Regulations for the medical services of the Army of India
Year: 1930
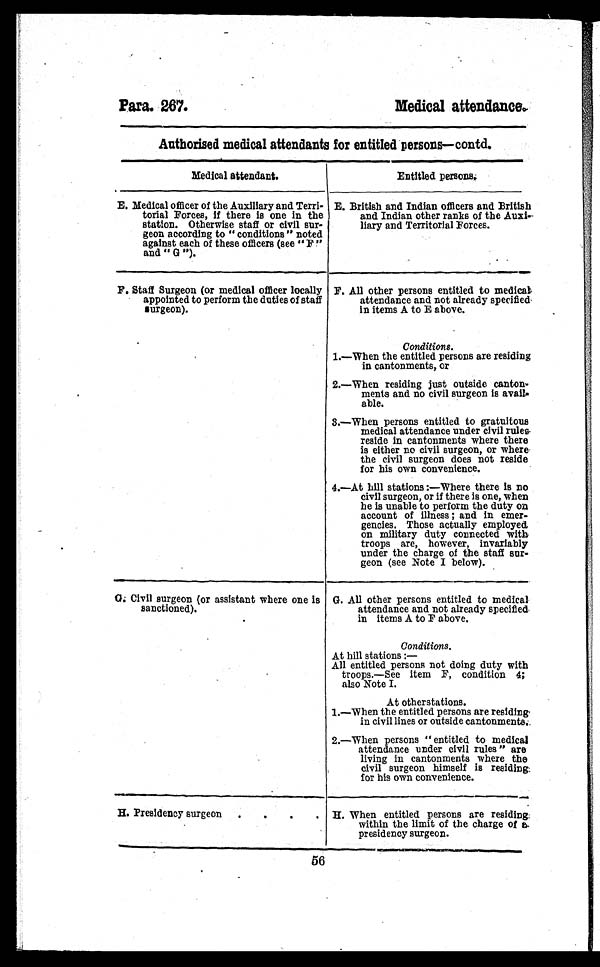
Para. 267.
Medical attendance.
Authorised medical attendants for entitled persons—contd.
Medical attendant.
Entitled persons.
E. Medical officer of the Auxiliary and Terri
¬torial Forces, if there is one in the
station. Otherwise staff or civil sur
¬geon according to "conditions" noted
against each of these officers (see "F"
and "G").
E. British and Indian officers and British
and Indian other ranks of the
Auxi¬liary and Territorial Forces.
F. Staff Surgeon (or medical officer locally
appointed to perform the duties of staff
surgeon).
F. All other persons entitled to medical
attendance and not already specified
in items A to E above.
Conditions.
1.—When the entitled persons are residing
in cantonments, or
2.—When residing just outside canton
¬ments and no civil surgeon is avail
¬able.
3.—When persons entitled to gratuitous
medical attendance under civil
rules reside in cantonments where there
is either no civil surgeon, or where
the civil surgeon does not reside
for his own convenience.
4.—At hill stations:—Where there is no
civil surgeon, or if there is one, when
he is unable to perform the duty on
account of illness; and in emer
¬gencies. Those actually employed
on military duty connected with
troops are, however, invariably
under the charge of the staff sur
¬geon (see Note I below).
G. Civil surgeon (or assistant where one is
sanctioned).
G. All other persons entitled to medical
attendance and not already specified
in items A to F above.
Conditions.
At hill stations:
— All entitled persons not doing duty with
troops.—See item F, condition 4;
also Note I.
At other stations.
1.—When the entitled persons are residing
in civil lines or outside cantonments.
2.—When persons " entitled to medical
attendance under civil rules " are
living in cantonments where the
civil surgeon himself is residing
for his own convenience.
H. Presidency surgeon .... H. When entitled persons are residing
within the limit of the charge of a
presidency surgeon.
56